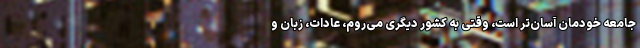
جامعه خودمان آسان‌تر است، وقتی به کشور دیگری می‌روم، عادات، زبان و